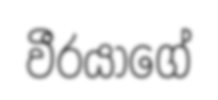
වීරයාගේ